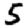
Digit: 5